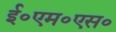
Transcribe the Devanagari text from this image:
ई॰एम॰एस॰